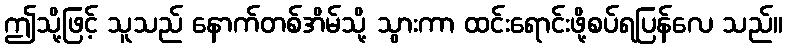
ဤသို့ဖြင့် သူသည် နောက်တစ်အိမ်သို့ သွားကာ ထင်းရောင်းဖို့စပ်ရပြန်လေ သည်။